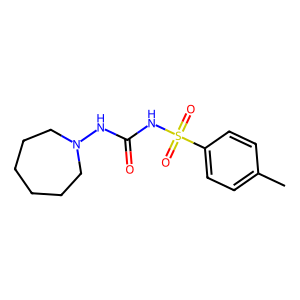
SMILES: Cc1ccc(S(=O)(=O)NC(=O)NN2CCCCCC2)cc1
Inhibits HIV replication: No